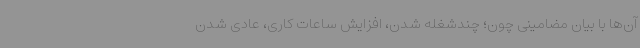
آن‌ها با بیان مضامینی چون؛ چندشغله شدن، افزایش ساعات کاری، عادی شدن